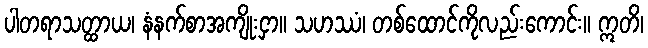
ပါတရာသတ္ထာယ၊ နံနက်စာအကျိုးငှာ။ သဟဿံ၊ တစ်ထောင်ကိုလည်းကောင်း။ ဣတိ၊